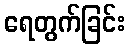
ရေတွက်ခြင်း